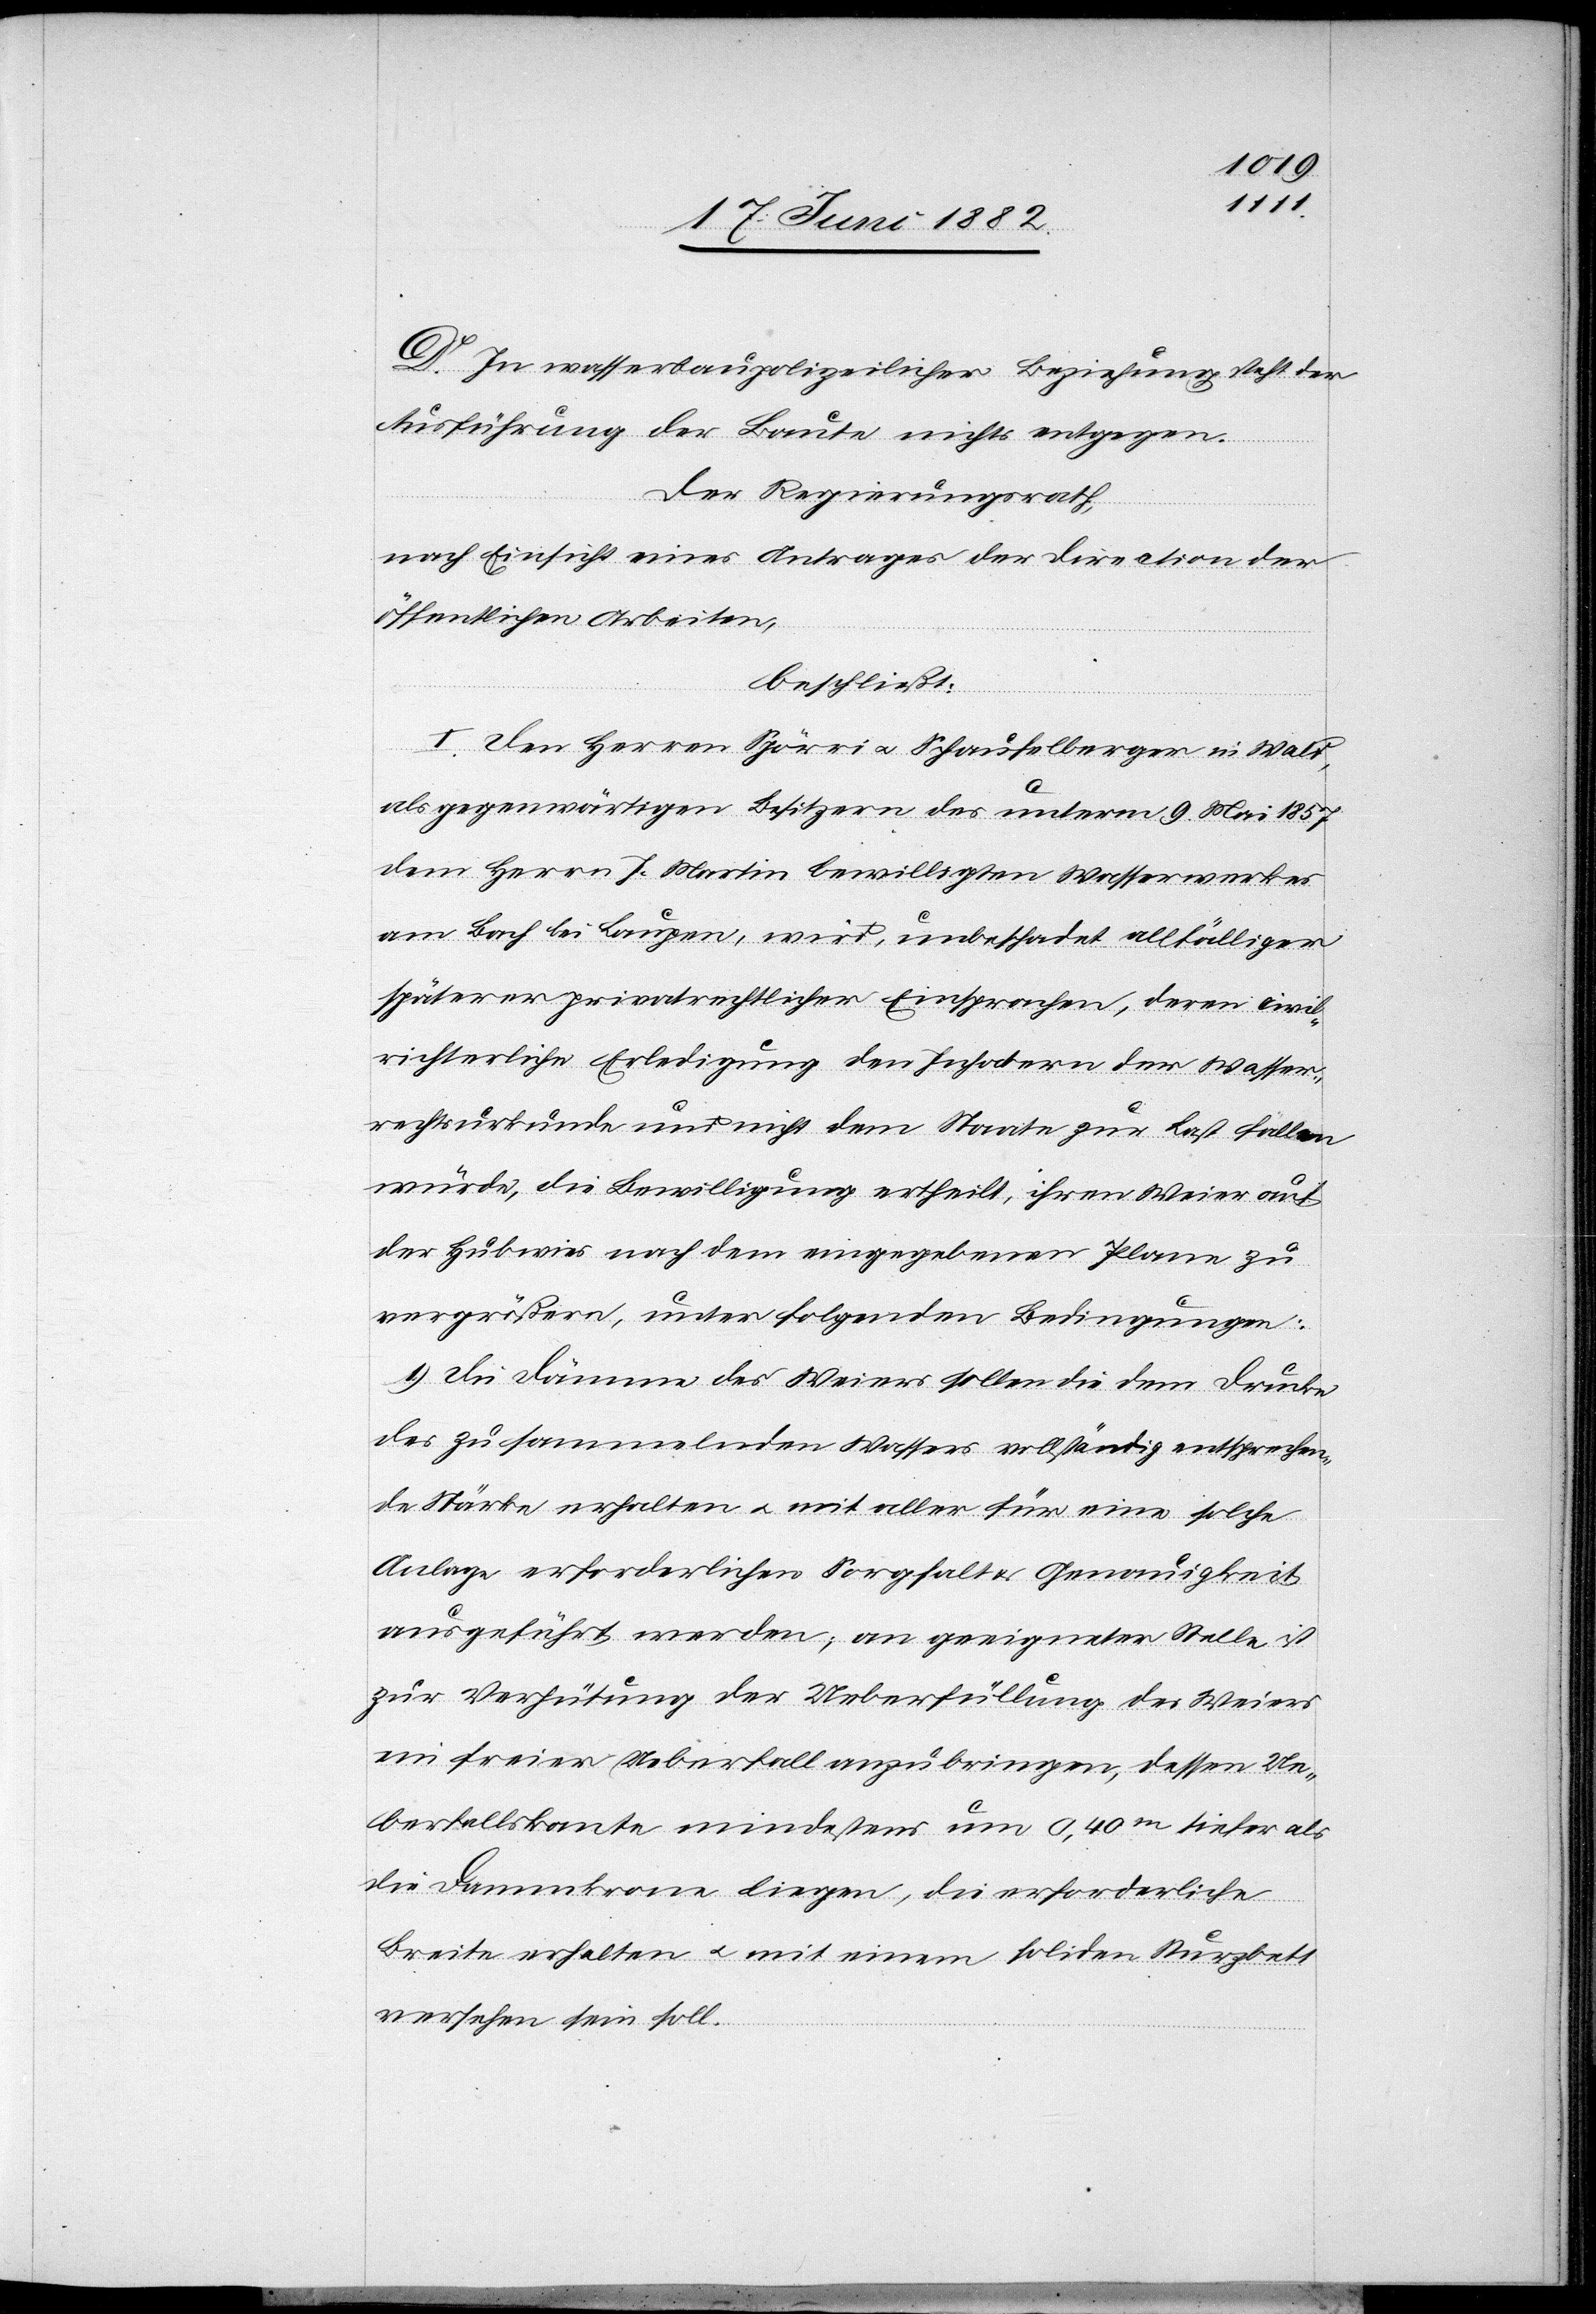
D. In wasserbaupolizeilicher Beziehung steht der
Ausführung der Baute nichts entgegen.
Der Regierungsrath,
nach Einsicht eines Antrages der Direction der
öffentlichen Arbeiten,
beschließt:
I. Den Herren Spörri u. Schaufelberger in Wald,
als gegenwärtigen Besitzern des unterm 9. Mai 1857
dem Herrn J. Martin [sic!] bewilligten Wasserwerkes
am Bach bei Laupen, wird, unbeschadet allfälliger
späterer privatrechtlicher Einsprachen, deren civil¬
richterliche Erledigung den Inhabern der Wasser¬
rechtsurkunde und nicht dem Staate zur Last fallen
würde, die Bewilligung ertheilt, ihren Weier auf
der Hubwies nach dem eingegebenen Plane zu
vergrößern, unter folgenden Bedingungen:
1. Die Dämme des Weiers sollen die dem Drucke
des zu sammelnden Wassers vollständig entsprechen¬
de Stärke erhalten u. mit aller für eine solche
Anlage erforderlichen Sorgfalt & Genauigkeit
ausgeführt werden; an geeigneter Stelle ist
zur Verhütung der Ueberfüllung des Weiers
ein freier Ueberfall anzubringen, dessen Ue¬
berfallskante mindestens um 0,40m tiefer als
die Dammkrone liegen, die erforderliche
Breite erhalten u. mit einem soliden Sturzbett
versehen sein soll.